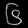
Digit: ၆